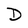
Character: D